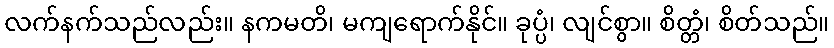
လက်နက်သည်လည်း။ နကမတိ၊ မကျရောက်နိုင်။ ခုပ္ပံ၊ လျင်စွာ။ စိတ္တံ၊ စိတ်သည်။